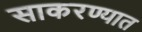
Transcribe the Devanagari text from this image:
साकरण्यात